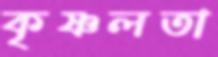
কৃষ্ণলতা